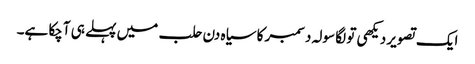
ایک تصویر دیکھی تو لگا سولہ دسمبر کا سیاہ دن حلب میں پہلے ہی آچکا ہے۔